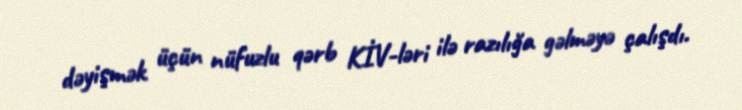
dəyişmək üçün nüfuzlu qərb KİV-ləri ilə razılığa gəlməyə çalışdı.